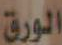
الورق